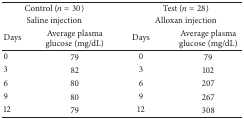
| <COLSPAN=2> Control (n = 30) | <COLSPAN=2> Test (n = 28) |
 | <COLSPAN=2> Saline injection | <COLSPAN=2> Alloxan injection |
 | Days | Average plasmaglucose (mg/dL) | Days | Average plasmaglucose (mg/dL) |
 | --- | --- | --- | --- |
 | 0 | 79 | 0 | 79 |
 | 3 | 82 | 3 | 102 |
 | 6 | 80 | 6 | 207 |
 | 9 | 80 | 9 | 267 |
 | 12 | 79 | 12 | 308 |